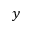
y